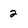
Character: 2